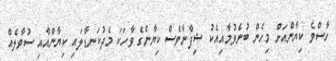
ހާސްވެ ކިޔާންއަށް މިހެން ބުނެވުމާއިއެކު ޝިފްނާވެސް ކިޔާންގެ ވާހަކަ މެދުކަނޑާލައި ކިޔާންއާއި ސުވާލެއް